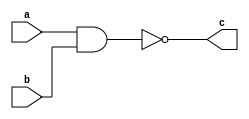
// `timescale <time_unit>/<time_precision>
`timescale 10ms/1ps
module sample_component (c, a, b);
// declare port signals 
output c;
input a, b;
// declare internal wire wire d;
//instantiate structural logic gates
and (d, a, b); //d is output, a and b are inputs 
not (c, d); //c is output, d is input
endmodule


module testbench;

reg a, b;
wire c;

sample_component s(c,a,b);

initial
    begin
    $display($time," a=%b, b=%b, c=%b",a,b,c);
    #0 a=1'b1;b=1'b1;
    #2 a=1'b0;
    #5 b=1'b0;
    end
    
endmodule